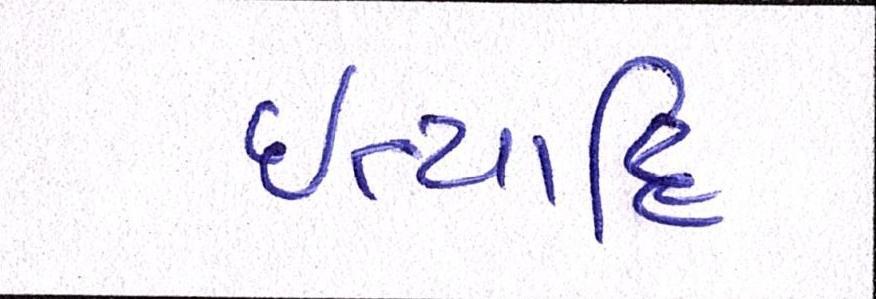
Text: ઈત્યાદિ